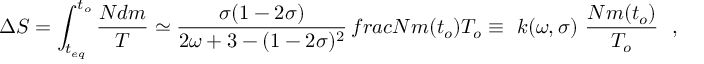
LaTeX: \Delta S = \int _ { t _ { e q } } ^ { t _ { o } } \frac { N d m } { T } \simeq \frac { \sigma ( 1 - 2 \sigma ) } { 2 \omega + 3 - ( 1 - 2 \sigma ) ^ { 2 } } \, f r a c { N m ( t _ { o } ) } { T _ { o } } \equiv \ k ( \omega , \sigma ) \ \frac { N m ( t _ { o } ) } { T _ { o } } \ \ ,